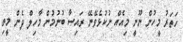
ހަތަރު މީހުން ނޫނީ މިއެއް ނުކުޅެވޭނޭ ރައިސާ ބުނުމުން މާހިލް ދެން މީތި